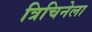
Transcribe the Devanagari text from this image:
त्रिचिनेला